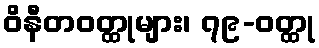
ဝိနီတဝတ္ထုများ၊ ၇၉-ဝတ္ထု